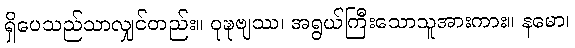
ရှိပေသည်သာလျှင်တည်း။ ဝုဍ္ဎဗျဿ၊ အရွယ်ကြီးသောသူအားကား။ နမော၊